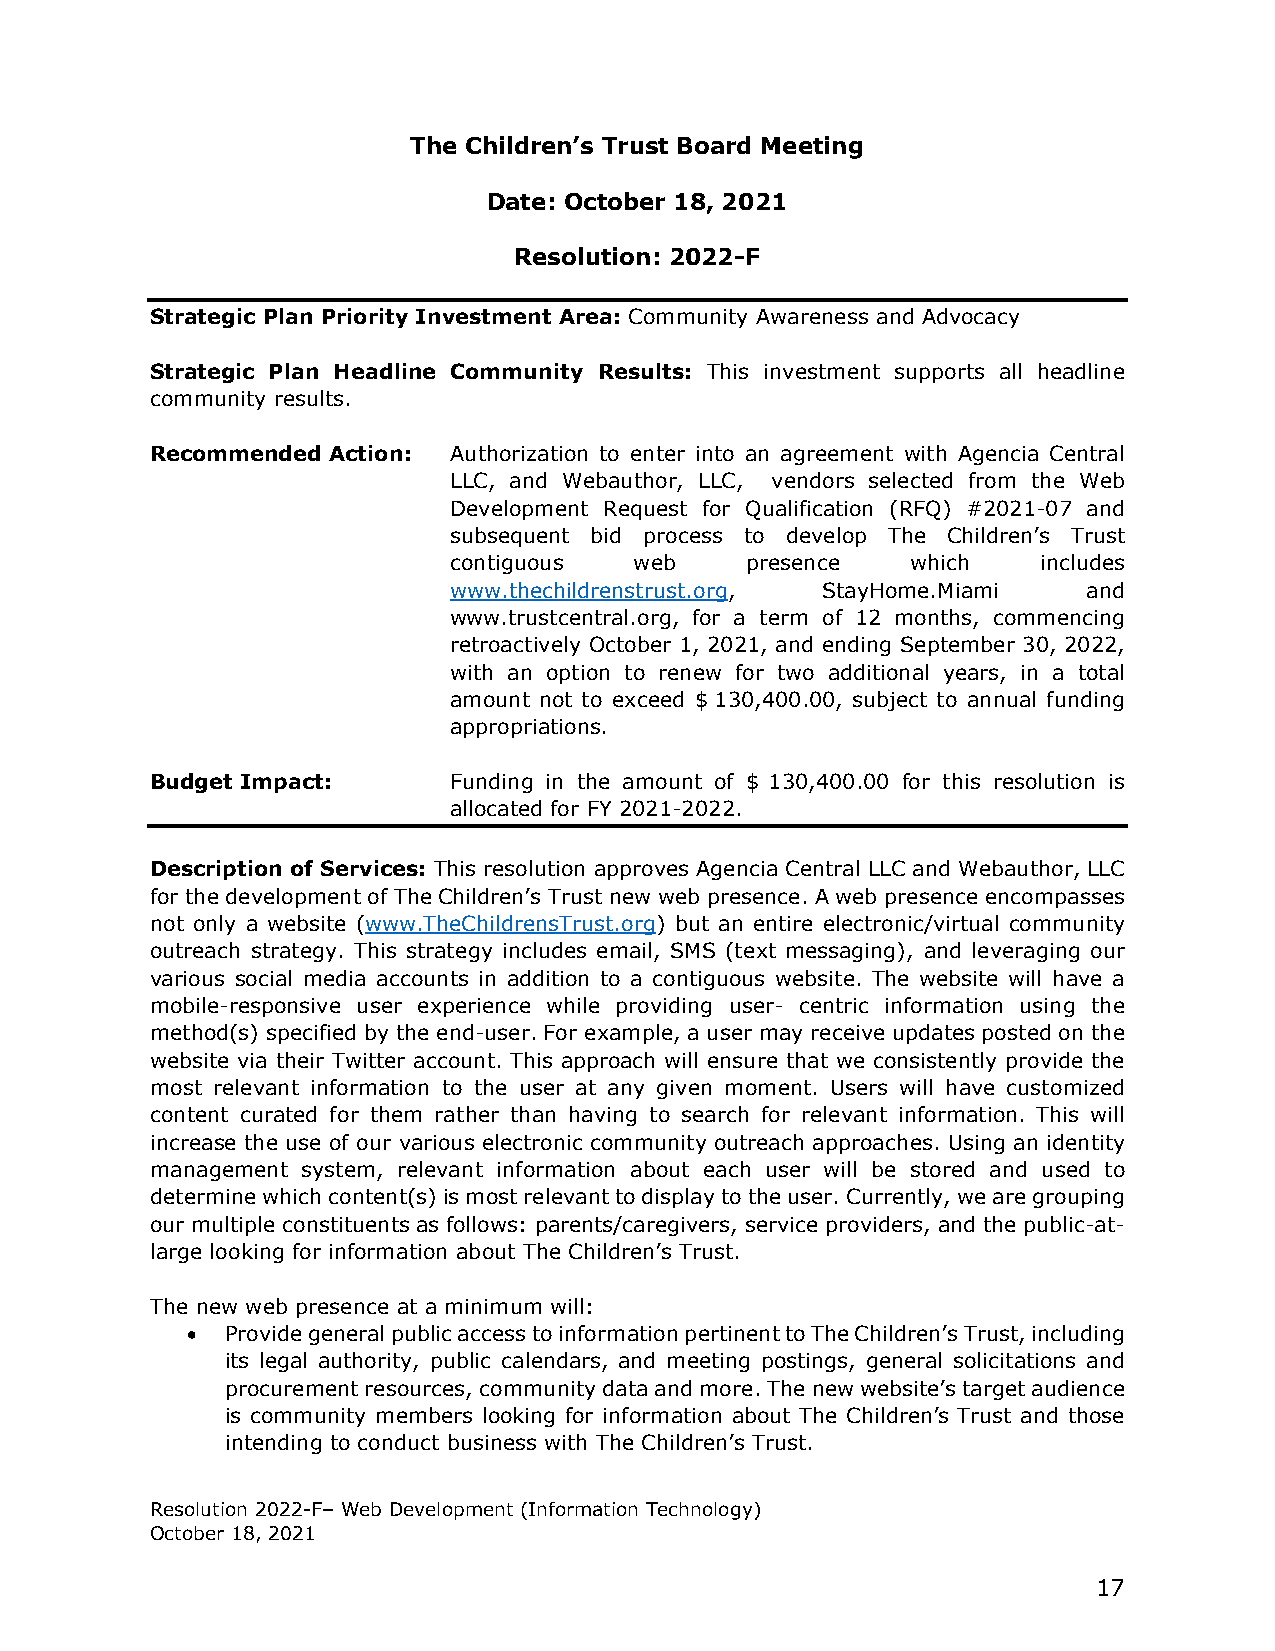
The Children’s Trust Board Meeting
 Date: October 18, 2021
 Resolution: 2022-F
 Strategic Plan Priority Investment Area: Community Awareness and Advocacy
 Strategic Plan Headline Community Results: This investment supports all headline
 community results.
 Recommended Action: Authorization to enter into an agreement with Agencia Central
 LLC, and Webauthor, LLC, vendors selected from the Web
 Development Request for Qualification (RFQ) #2021-07 and
 subsequent bid process to develop The Children’s Trust
 contiguous  web    presence   which    includes
 www.thechildrenstrust.org, StayHome.Miami and
 www.trustcentral.org, for a term of 12 months, commencing
 retroactively October 1, 2021, and ending September 30, 2022,
 with an option to renew for two additional years, in a total
 amount not to exceed $ 130,400.00, subject to annual funding
 appropriations.
 Budget Impact:      Funding in the amount of $ 130,400.00 for this resolution is
 allocated for FY 2021-2022.
 Description of Services: This resolution approves Agencia Central LLC and Webauthor, LLC
 for the development of The Children’s Trust new web presence. A web presence encompasses
 not only a website (www.TheChildrensTrust.org) but an entire electronic/virtual community
 outreach strategy. This strategy includes email, SMS (text messaging), and leveraging our
 various social media accounts in addition to a contiguous website. The website will have a
 mobile-responsive user experience while providing user- centric information using the
 method(s) specified by the end-user. For example, a user may receive updates posted on the
 website via their Twitter account. This approach will ensure that we consistently provide the
 most relevant information to the user at any given moment. Users will have customized
 content curated for them rather than having to search for relevant information. This will
 increase the use of our various electronic community outreach approaches. Using an identity
 management system, relevant information about each user will be stored and used to
 determine which content(s) is most relevant to display to the user. Currently, we are grouping
 our multiple constituents as follows: parents/caregivers, service providers, and the public-at-
 large looking for information about The Children’s Trust.
 The new web presence at a minimum will:
 •  Provide general public access to information pertinent to The Children’s Trust, including
 its legal authority, public calendars, and meeting postings, general solicitations and
 procurement resources, community data and more. The new website’s target audience
 is community members looking for information about The Children’s Trust and those
 intending to conduct business with The Children’s Trust.
 Resolution 2022-F– Web Development (Information Technology)
 October 18, 2021
 17